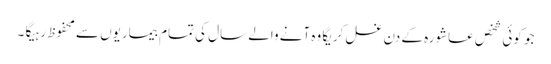
جو کوئی شخص عاشورہ کے دن غسل کریگا وہ آنے والے سال کی تمام بیماریوں سے محفوظ رہیگا ۔